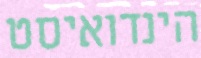
הינדואיסט